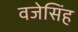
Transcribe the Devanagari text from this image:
वजेसिंह